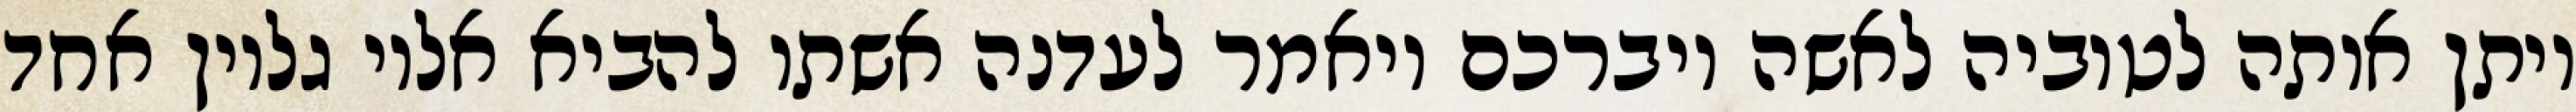
ויתן אותה לטוביה לאשה ויברכם ויאמר לעדנה אשתו להביא אליו גליון אחד